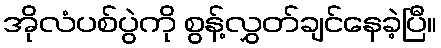
အိုလံပစ်ပွဲကို စွန့်လွှတ်ချင်နေခဲ့ပြီ။